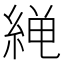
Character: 𫃨